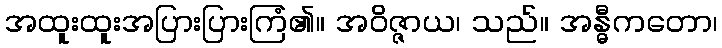
အထူးထူးအပြားပြားကြံ၏။ အဝိဇ္ဇာယ၊ သည်။ အန္ဓီကတော၊